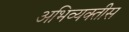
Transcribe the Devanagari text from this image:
अभिव्यक्तीस